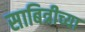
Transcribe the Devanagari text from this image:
साबित्रीच्या